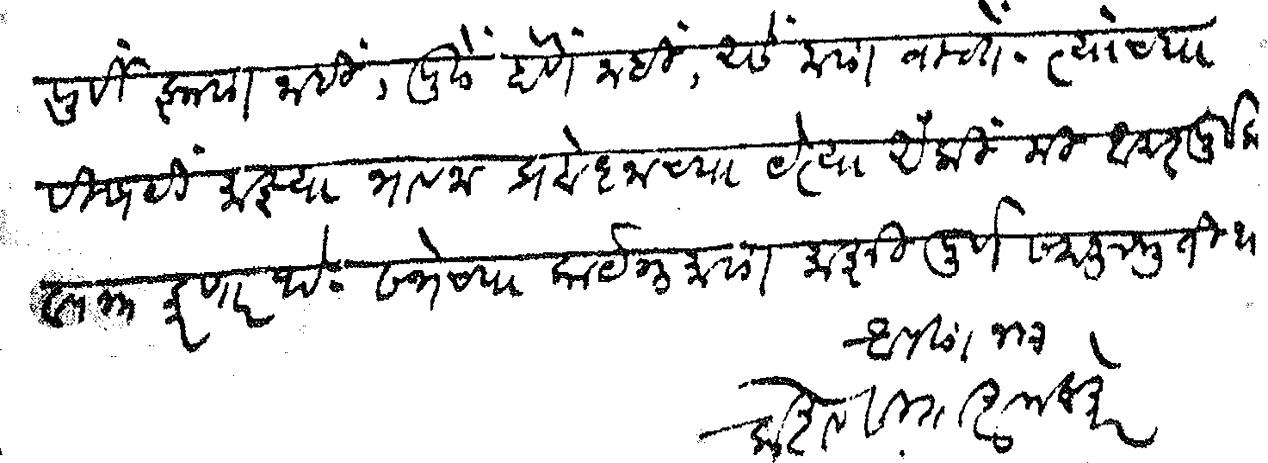
Transliteration (Devanagari): पूर्वी झाला नाही पुढे होणे नाही असे मला वाटते त्यांच्या विषयी माझ्या भावना प्रबोधनच्या येत्या अंकी मी आदरपूर्वक व्यक्त करणार आहे सभेच्या कार्यक्रमाला माझी पूर्ण सहानुभूती आहे आपला नम्र केशव सीताराम ठाकरे